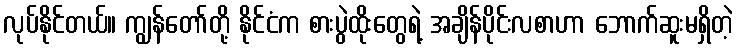
လုပ်နိုင်တယ်။ ကျွန်တော်တို့ နိုင်ငံက စားပွဲထိုးတွေရဲ့ အချိန်ပိုင်းလစာဟာ ဘောက်ဆူးမရှိတဲ့